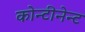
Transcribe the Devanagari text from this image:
कोन्टीनेन्ट